Document type: Sale
Year: 1354
Scribe: Bernat de Torre
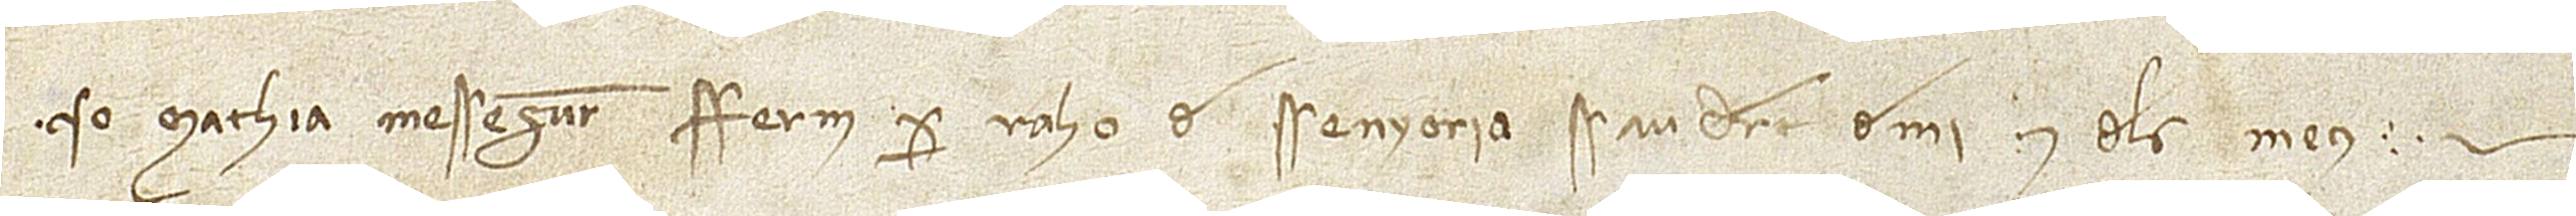
Yo Mathià Messeguer ferm per rahó de senyoria, sau dret de mi e dels meus.